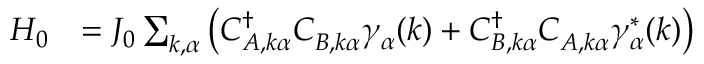
\begin{array} { r l } { H _ { 0 } } & { = J _ { 0 } \sum _ { k , \alpha } { \left( C _ { A , k \alpha } ^ { \dagger } C _ { B , k \alpha } ^ { \vphantom { \dagger } } \gamma _ { \vphantom { A } \alpha } ^ { \vphantom { \dagger } } ( k ) + C _ { B , k \alpha } ^ { \dagger } C _ { A , k \alpha } ^ { \vphantom { \dagger } } \gamma _ { \vphantom { A } \alpha } ^ { * \vphantom { \dagger } } ( k ) \right) } } \end{array}